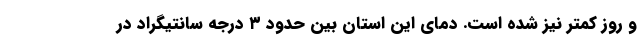
و روز کمتر نیز شده است. دمای این استان بین حدود ۳ درجه سانتیگراد در